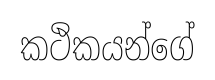
කථිකයන්ගේ